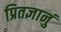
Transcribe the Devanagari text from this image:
प्रितज्ञानुं